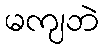
မကျဘဲ